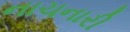
નાચનારી